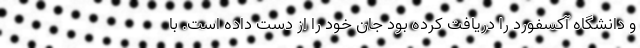
و دانشگاه آکسفورد را دریافت کرده بود جان خود را از دست داده است. با